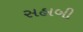
સહાબી